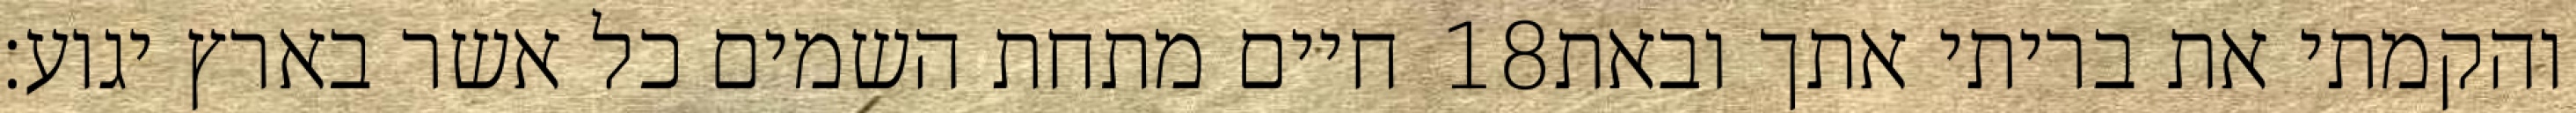
חיים מתחת השמים כל אשר בארץ יגוע׃ ‎18‏ והקמתי את בריתי אתך ובאת